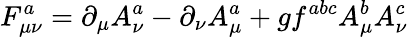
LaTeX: F_{\mu\nu}^{a}=\partial_{\mu}A_{\nu}^{a}-\partial_{\nu}A_{\mu}^{a}+gf^{abc}A_{\mu}^{b}A_{\nu}^{c}